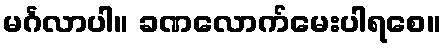
မင်္ဂလာပါ။ ခဏလောက်မေးပါရစေ။